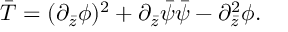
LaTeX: \bar { T } = ( \partial _ { \bar { z } } \phi ) ^ { 2 } + \partial _ { \bar { z } } \bar { \psi } \bar { \psi } - \partial _ { \bar { z } } ^ { 2 } \phi .